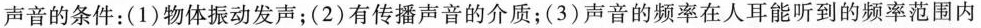
声音的条件：(1)物体振动发声；(2)有传播声音的介质；(3)声音的频率在人耳能听到的频率范围内